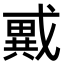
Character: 𢨇